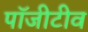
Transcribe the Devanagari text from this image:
पॉजीटीव